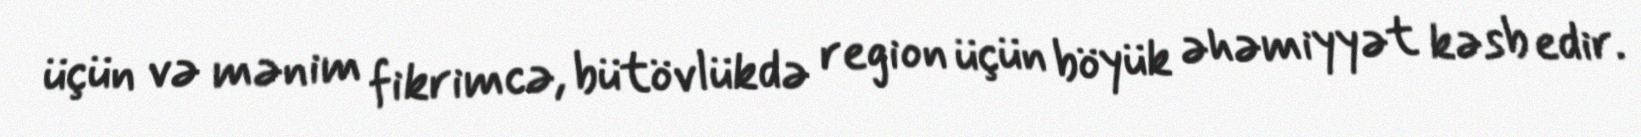
üçün və mənim fikrimcə, bütövlükdə region üçün böyük əhəmiyyət kəsb edir.